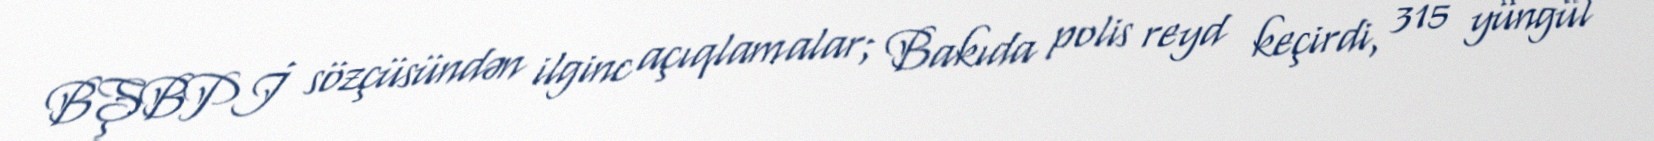
BŞBPİ sözçüsündən ilginc açıqlamalar; Bakıda polis reyd keçirdi, 315 yüngül